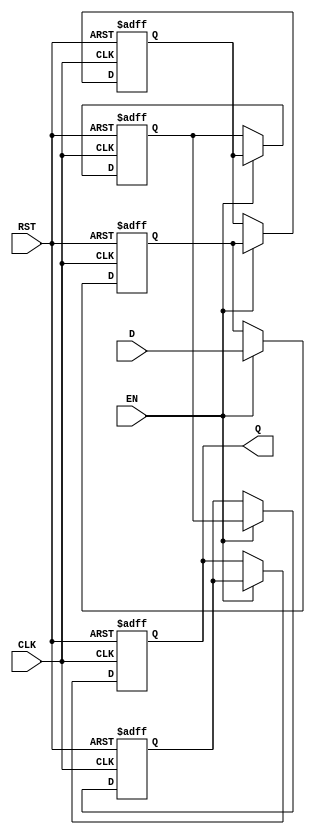
module Multistage_Register #(
    parameter N = 4,            // Number of stages in the register
    parameter DATA_WIDTH = 8    // Width of the data
)(
    input  wire [DATA_WIDTH-1:0] D,   // Data input
    input  wire CLK,                   // Clock signal
    input  wire EN,                    // Enable signal
    input  wire RST,                   // Reset signal
    output reg  [DATA_WIDTH-1:0] Q     // Data output from the last stage
);

    // Internal registers to hold the data for each stage
    reg [DATA_WIDTH-1:0] stages [0:N-1];

    integer i;

    // Asynchronous reset and synchronous loading
    always @(posedge CLK or posedge RST) begin
        if (RST) begin
            // Clear all stages on reset
            for (i = 0; i < N; i = i + 1) begin
                stages[i] <= {DATA_WIDTH{1'b0}};
            end
            Q <= {DATA_WIDTH{1'b0}};
        end else if (EN) begin
            // Shift data through the stages when enabled
            stages[0] <= D; // Load external data into the first stage
            for (i = 1; i < N; i = i + 1) begin
                stages[i] <= stages[i-1]; // Shift data to the next stage
            end
            Q <= stages[N-1]; // Output from the last stage
        end
        // If EN is low, hold the current state (no action is needed)
    end

endmodule